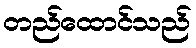
တည်ထောင်သည်